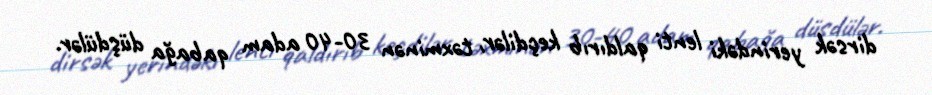
dirsək yerindəki lenti qaldırıb keçdilər, təxminən 30-40 adam qabağa düşdülər.